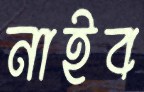
নাইব